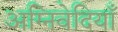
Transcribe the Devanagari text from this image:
अग्निवेदियाँ